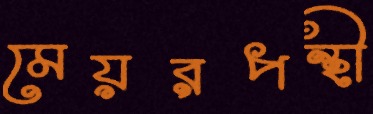
মেয়রপন্থী